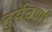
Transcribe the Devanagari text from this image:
तुर्यवर्णा